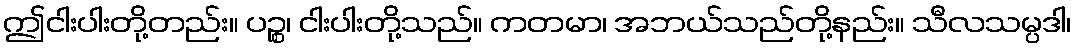
ဤငါးပါးတို့တည်း။ ပဉ္စ၊ ငါးပါးတို့သည်။ ကတမာ၊ အဘယ်သည်တို့နည်း။ သီလသမ္ပဒါ၊